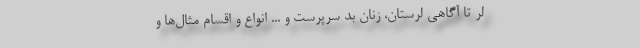
لر تا آگاهی لرستان، زنان بد سرپرست و ... انواع و اقسام مثال‌ها و